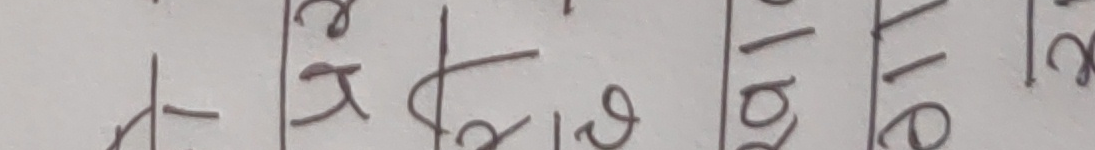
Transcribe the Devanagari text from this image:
छ। १६। २०